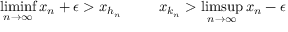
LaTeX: \operatorname* { l i m i n f } _ { n \to \infty } x _ { n } + \epsilon > x _ { h _ { n } } \; \; \; \; \; \; \; \; \; x _ { k _ { n } } > \operatorname* { l i m s u p } _ { n \to \infty } x _ { n } - \epsilon